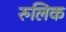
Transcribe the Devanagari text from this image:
रुलिक